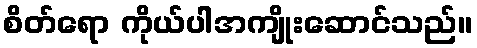
စိတ်ရော ကိုယ်ပါအကျိုးဆောင်သည်။